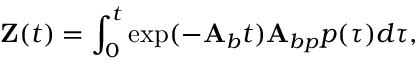
\mathbf { Z } ( t ) = \int _ { 0 } ^ { t } \exp ( - \mathbf { A } _ { b } t ) \mathbf { A } _ { b p } p ( \tau ) d \tau ,